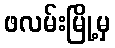
ဖလမ်းမြို့မှ